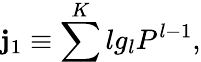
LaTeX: \mathbf{j}_{1}\equiv\sum^{K}lg_{l}P^{l-1},